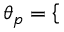
{ \theta } _ { p } = \left\{ \begin{array} { r l r } \end{array} \right.